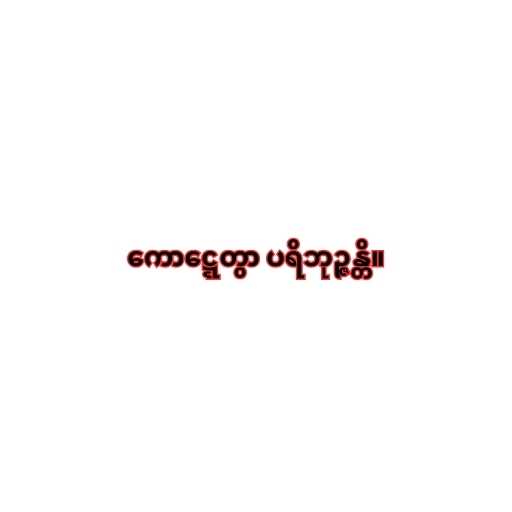
ကောဋ္ဋေတွာ ပရိဘုဉ္ဇန္တိ။